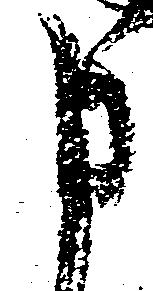
申